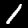
Digit: 1